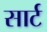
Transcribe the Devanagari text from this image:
सार्ट